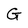
Character: G